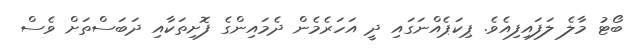
ބޯޓު މާލެ ލަފައިފިއެވެ. ޕިކަޕެއްނަގައި ދީ އަހަރެމެން ދެމައިންގެ ފޮށިތަކާއި ދަބަސްތަށް ވެސް